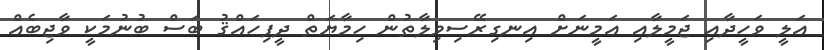
އަލީ ވަހީދާއި ޖަމީލާއި އަމީނަށް އިނގިރޭސިވިލާތުން ހިމާޔަތް ދީފިހައްޤު ބަސް ބުނުމަކީ ވާޖިބެއް